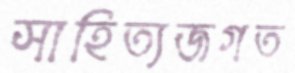
সাহিত্যজগত